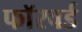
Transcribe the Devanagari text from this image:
फाॅरवर्ड